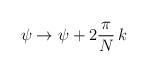
LaTeX: \begin{align*}\psi \rightarrow \psi + 2 \frac{\pi}{N}\, k\end{align*}